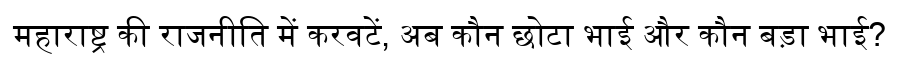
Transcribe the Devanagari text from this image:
महाराष्ट्र की राजनीति में करवटें, अब कौन छोटा भाई और कौन बड़ा भाई?